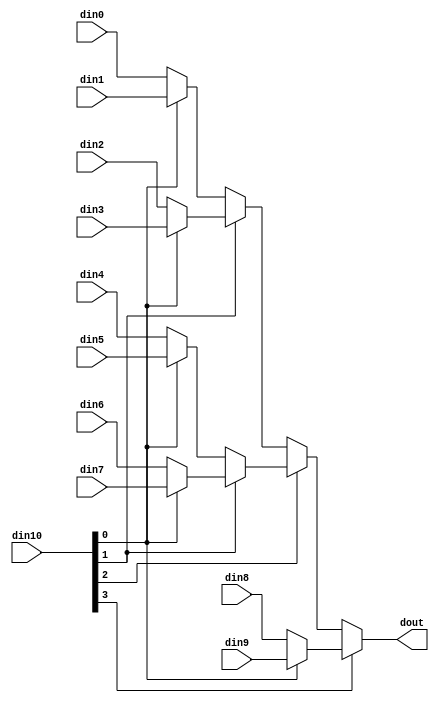
// ==============================================================
// File generated on Wed Apr 01 21:48:49 +0800 2020
// Vivado(TM) HLS - High-Level Synthesis from C, C++ and SystemC v2018.3 (64-bit)
// SW Build 2405991 on Thu Dec  6 23:38:27 MST 2018
// IP Build 2404404 on Fri Dec  7 01:43:56 MST 2018
// Copyright 1986-2018 Xilinx, Inc. All Rights Reserved.
// ==============================================================

`timescale 1ns/1ps

module Layer4_FC_mux_104eOg #(
parameter
    ID                = 0,
    NUM_STAGE         = 1,
    din0_WIDTH       = 32,
    din1_WIDTH       = 32,
    din2_WIDTH       = 32,
    din3_WIDTH       = 32,
    din4_WIDTH       = 32,
    din5_WIDTH       = 32,
    din6_WIDTH       = 32,
    din7_WIDTH       = 32,
    din8_WIDTH       = 32,
    din9_WIDTH       = 32,
    din10_WIDTH         = 32,
    dout_WIDTH            = 32
)(
    input  [31 : 0]     din0,
    input  [31 : 0]     din1,
    input  [31 : 0]     din2,
    input  [31 : 0]     din3,
    input  [31 : 0]     din4,
    input  [31 : 0]     din5,
    input  [31 : 0]     din6,
    input  [31 : 0]     din7,
    input  [31 : 0]     din8,
    input  [31 : 0]     din9,
    input  [3 : 0]    din10,
    output [31 : 0]   dout);

// puts internal signals
wire [3 : 0]     sel;
// level 1 signals
wire [31 : 0]         mux_1_0;
wire [31 : 0]         mux_1_1;
wire [31 : 0]         mux_1_2;
wire [31 : 0]         mux_1_3;
wire [31 : 0]         mux_1_4;
// level 2 signals
wire [31 : 0]         mux_2_0;
wire [31 : 0]         mux_2_1;
wire [31 : 0]         mux_2_2;
// level 3 signals
wire [31 : 0]         mux_3_0;
wire [31 : 0]         mux_3_1;
// level 4 signals
wire [31 : 0]         mux_4_0;

assign sel = din10;

// Generate level 1 logic
assign mux_1_0 = (sel[0] == 0)? din0 : din1;
assign mux_1_1 = (sel[0] == 0)? din2 : din3;
assign mux_1_2 = (sel[0] == 0)? din4 : din5;
assign mux_1_3 = (sel[0] == 0)? din6 : din7;
assign mux_1_4 = (sel[0] == 0)? din8 : din9;

// Generate level 2 logic
assign mux_2_0 = (sel[1] == 0)? mux_1_0 : mux_1_1;
assign mux_2_1 = (sel[1] == 0)? mux_1_2 : mux_1_3;
assign mux_2_2 = mux_1_4;

// Generate level 3 logic
assign mux_3_0 = (sel[2] == 0)? mux_2_0 : mux_2_1;
assign mux_3_1 = mux_2_2;

// Generate level 4 logic
assign mux_4_0 = (sel[3] == 0)? mux_3_0 : mux_3_1;

// output logic
assign dout = mux_4_0;

endmodule